Annual returns of the Patna Lunatic Asylum at Bankipore in Bihar and Orissa - 1912-1924
Year: 1912
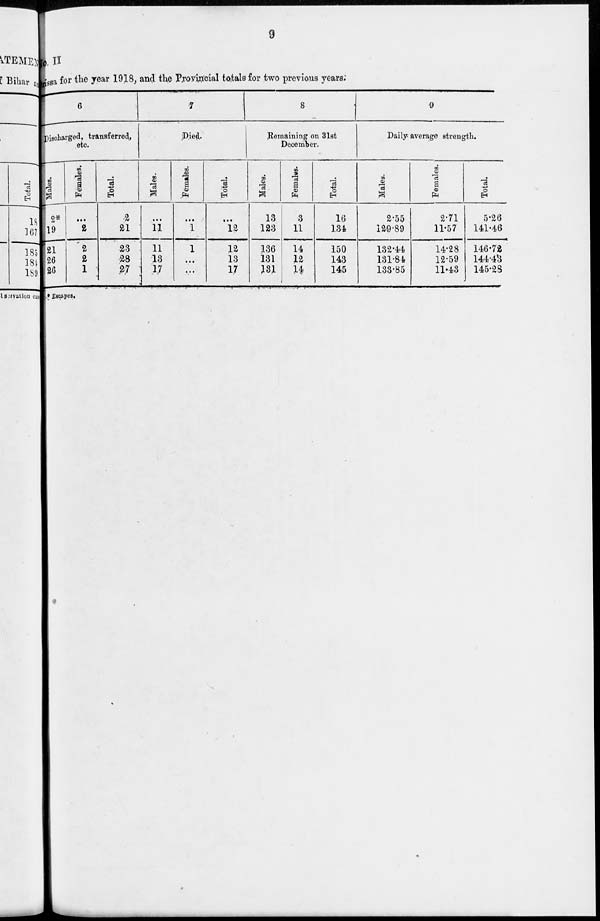
9
No. II.
Orissa for the year 1918, and the Provincial totals for two previous years.
6
Discharged, transferred,
etc.
Males.
2*
19
21
26
26
Females.
...
2
2
2
1
Total.
2
21
23
28
27
7
Died.
Males.
...
11
11
13
17
Females.
...
1
1
...
...
Total.
...
12
12
13
17
8
Remaining on 31st
December.
Males.
13
123
136
131
131
Females.
3
11
14
12
14
Total.
16
134
150
143
145
9
Daily average strength.
Males.
2.55
129.89
132.44
131.84
133.85
Females.
2.71
11.57
14.28
12.59
11.43
Total.
5.26
141.46
146.72
144.43
145.28
* Escapes.